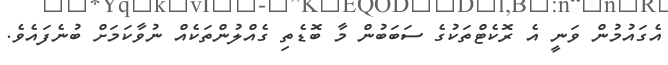
އެގައުމުން ވަނީ އެ ރޮކެޓްތަކުގެ ސަބަބުން މާ ބޮޑެތި ގެއްލުންތަކެއް ނުވާކަމަށް ބުނެފައެވެ.